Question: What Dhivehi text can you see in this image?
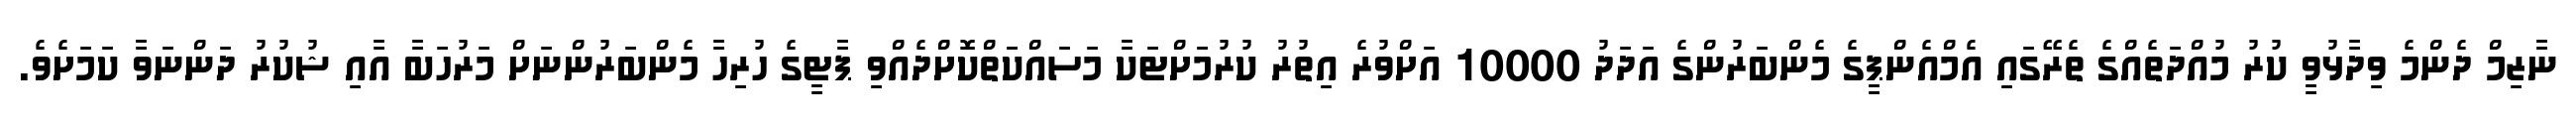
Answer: ނާޒިމް ދެންމެ ވިދާޅުވީ ކުރު މުއްދަތެއްގެ ތެރޭގައި އެމްއެންޕީގެ މެންބަރުންގެ އަދަދު 10000 އަށްވުރެ އިތުރު ކުރުމަށްޓަކާ މަސައްކަތްކޮށްދެއްވި ޕާޓީގެ ހުރިހާ މެންބަރުންނަށް މަރުހަބާ އާއި ޝުކުރު ދަންނަވާ ކަމަށެވެ.